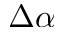
\Delta \alpha